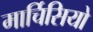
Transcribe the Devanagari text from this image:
मार्चिसियो